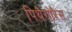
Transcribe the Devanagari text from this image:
पिथैगोरैस